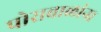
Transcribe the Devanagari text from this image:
पोराबाळांना